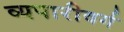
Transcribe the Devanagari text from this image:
व्यपारीवर्ग